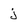
Character: j